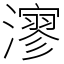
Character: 㵳